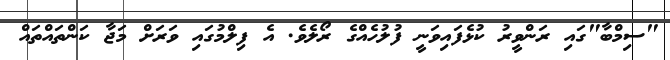
"ސިމްބާ"ގައި ރަންވީރު ކުޅެފައިވަނީ ފުލުހެއްގެ ރޯލެވެ. އެ ފިލްމުގައި ވަރަށް މަޖާ ކަންތައްތައް